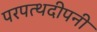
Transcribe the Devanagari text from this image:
परपत्थदीपनी